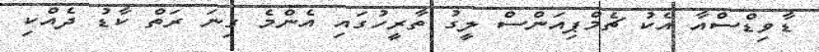
ޑާވިޑްސްއާ އެކު ޗެމްޕިއަންސް ލީގު ތާރީހުގައި އެންމެ ގިނަ ރަތް ކާޑު ދެއްކި